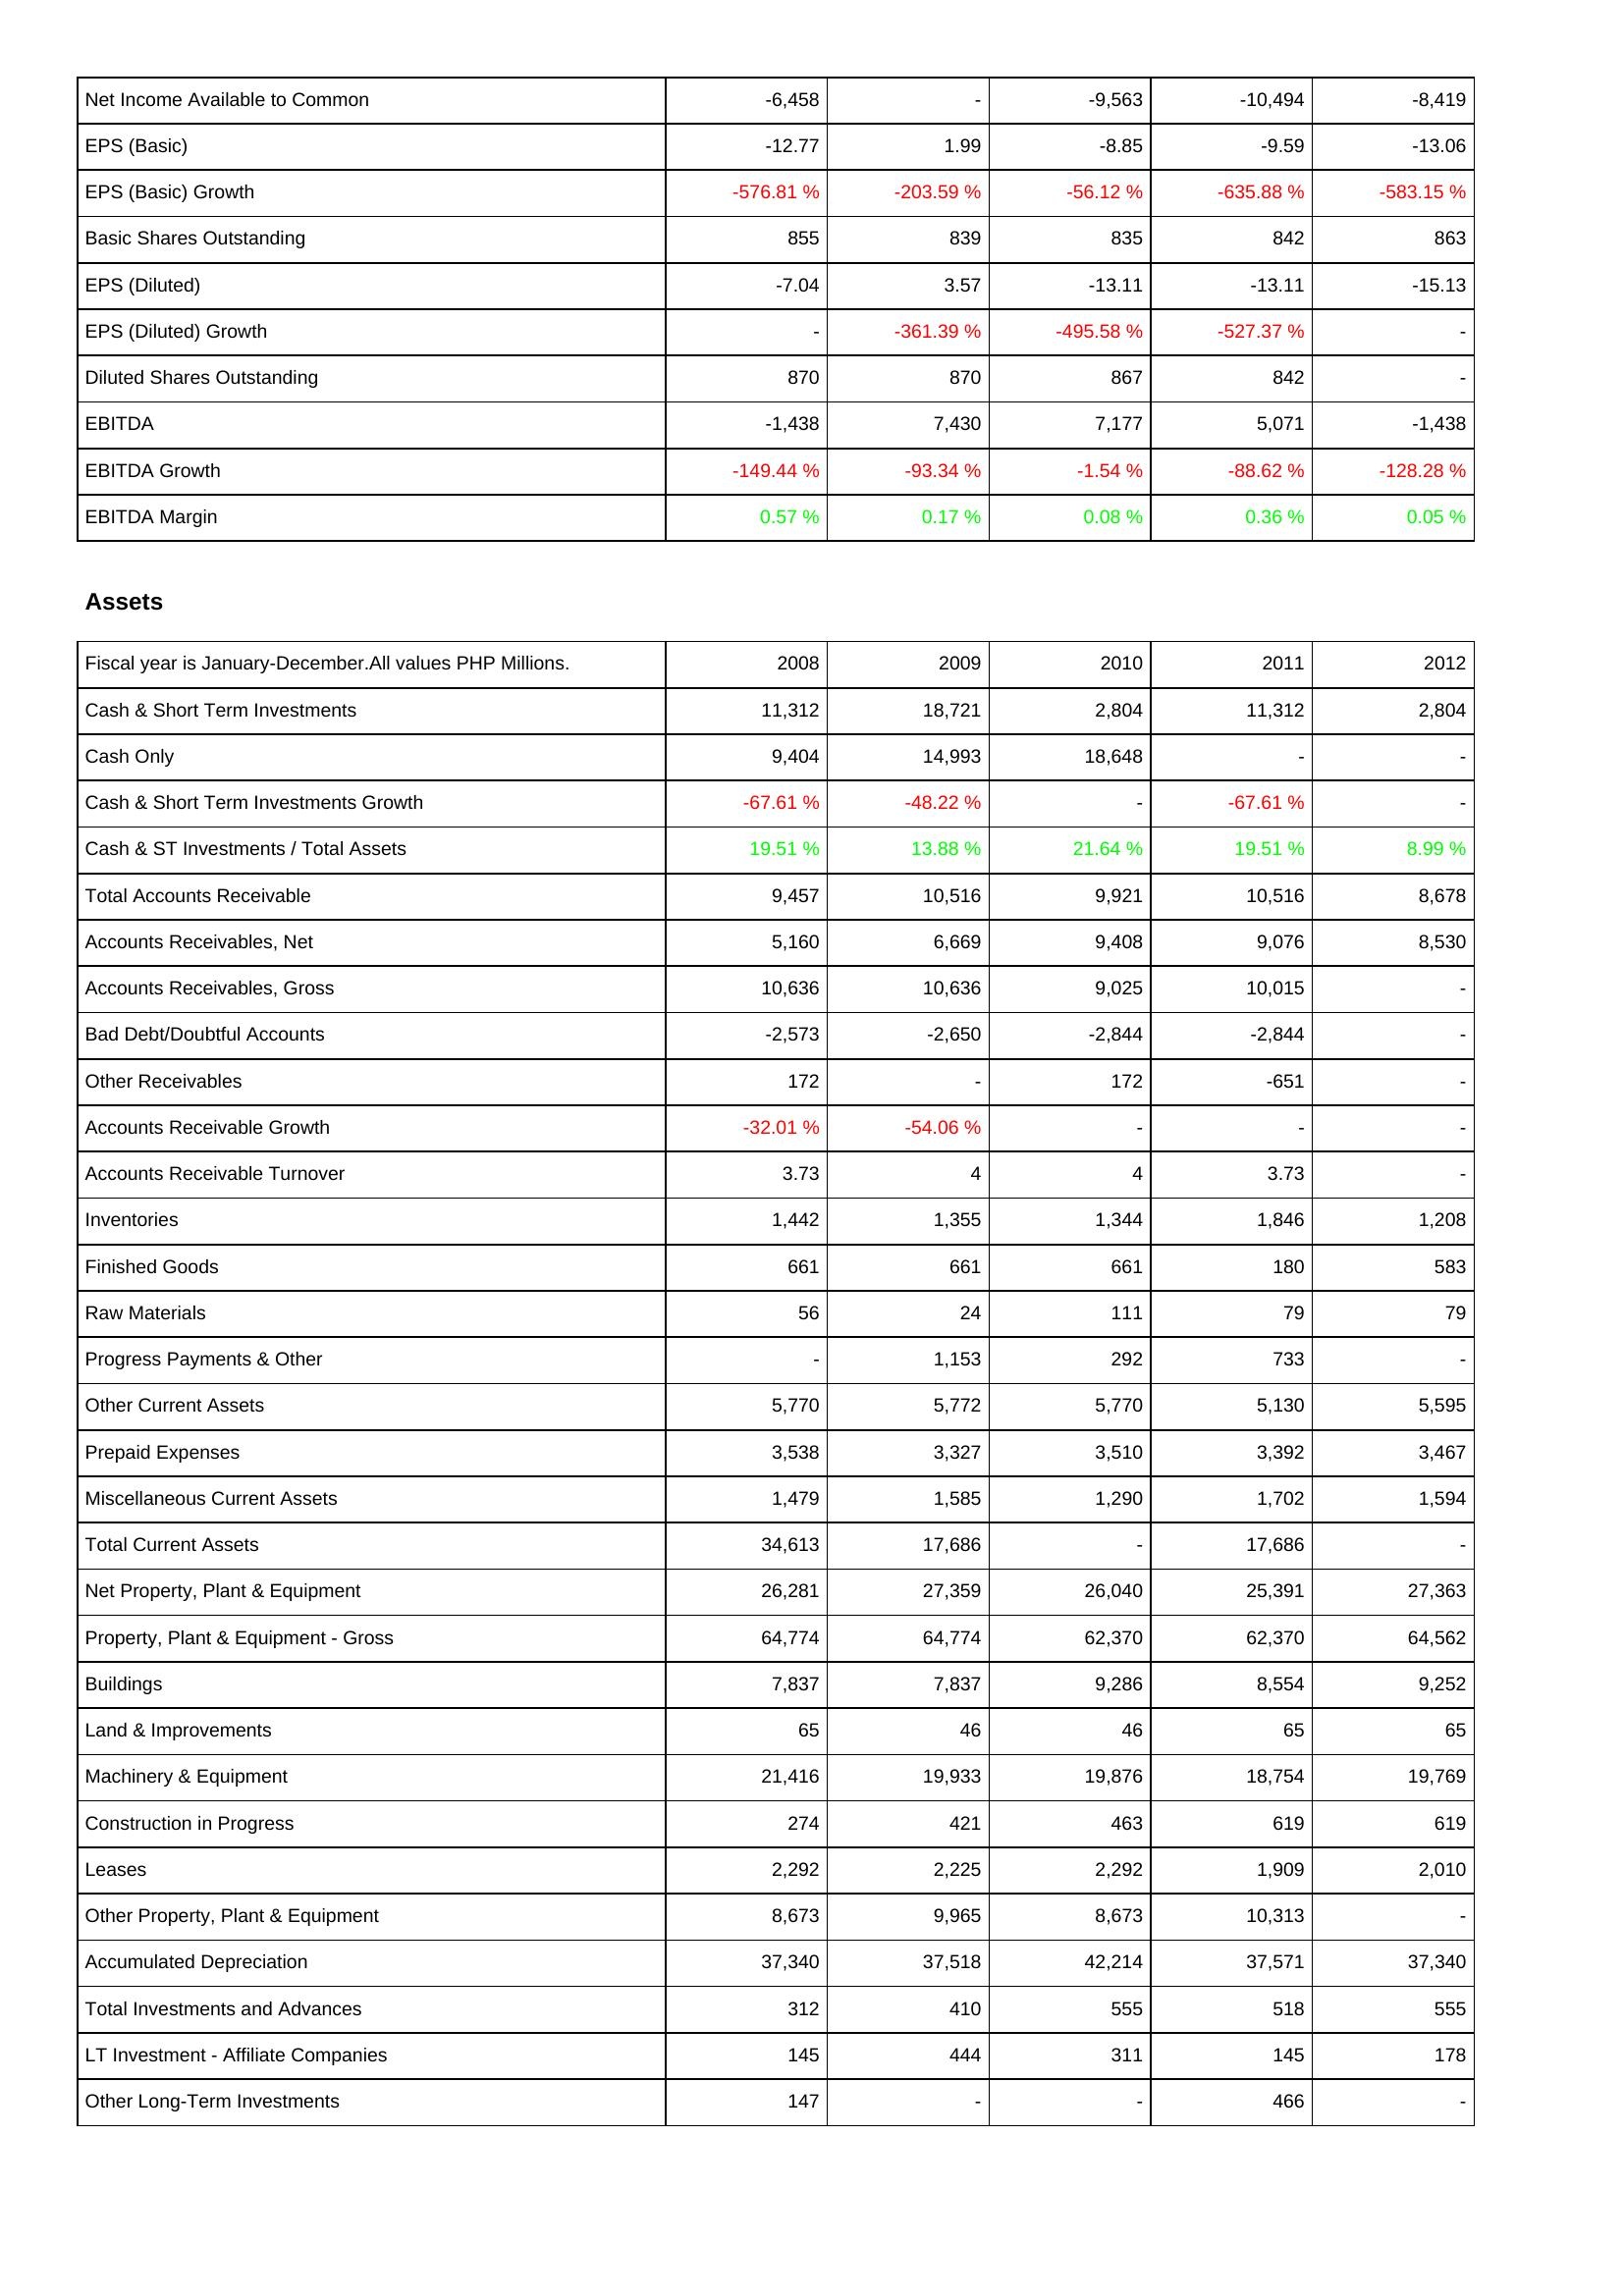
2008: Income Statement: Net Income Available to Common: -6,458
EPS (Basic): -12.77
EPS (Basic) Growth: -576.81 %
Basic Shares Outstanding: 855
EPS (Diluted): -7.04
EPS (Diluted) Growth: -
Diluted Shares Outstanding: 870
EBITDA: -1,438
EBITDA Growth: -149.44 %
EBITDA Margin: 0.57 %
Assets: Cash & Short Term Investments: 11,312
Cash Only: 9,404
Cash & Short Term Investments Growth: -67.61 %
Cash & ST Investments / Total Assets: 19.51 %
Total Accounts Receivable: 9,457
Accounts Receivables, Net: 5,160
Accounts Receivables, Gross: 10,636
Bad Debt/Doubtful Accounts: -2,573
Other Receivables: 172
Accounts Receivable Growth: -32.01 %
Accounts Receivable Turnover: 3.73
Inventories: 1,442
Finished Goods: 661
Raw Materials: 56
Progress Payments & Other: -
Other Current Assets: 5,770
Prepaid Expenses: 3,538
Miscellaneous Current Assets: 1,479
Total Current Assets: 34,613
Net Property, Plant & Equipment: 26,281
Property, Plant & Equipment - Gross: 64,774
Buildings: 7,837
Land & Improvements: 65
Machinery & Equipment: 21,416
Construction in Progress: 274
Leases: 2,292
Other Property, Plant & Equipment: 8,673
Accumulated Depreciation: 37,340
Total Investments and Advances: 312
LT Investment - Affiliate Companies: 145
Other Long-Term Investments: 147
2009: Income Statement: Net Income Available to Common: -
EPS (Basic): 1.99
EPS (Basic) Growth: -203.59 %
Basic Shares Outstanding: 839
EPS (Diluted): 3.57
EPS (Diluted) Growth: -361.39 %
Diluted Shares Outstanding: 870
EBITDA: 7,430
EBITDA Growth: -93.34 %
EBITDA Margin: 0.17 %
Assets: Cash & Short Term Investments: 18,721
Cash Only: 14,993
Cash & Short Term Investments Growth: -48.22 %
Cash & ST Investments / Total Assets: 13.88 %
Total Accounts Receivable: 10,516
Accounts Receivables, Net: 6,669
Accounts Receivables, Gross: 10,636
Bad Debt/Doubtful Accounts: -2,650
Other Receivables: -
Accounts Receivable Growth: -54.06 %
Accounts Receivable Turnover: 4
Inventories: 1,355
Finished Goods: 661
Raw Materials: 24
Progress Payments & Other: 1,153
Other Current Assets: 5,772
Prepaid Expenses: 3,327
Miscellaneous Current Assets: 1,585
Total Current Assets: 17,686
Net Property, Plant & Equipment: 27,359
Property, Plant & Equipment - Gross: 64,774
Buildings: 7,837
Land & Improvements: 46
Machinery & Equipment: 19,933
Construction in Progress: 421
Leases: 2,225
Other Property, Plant & Equipment: 9,965
Accumulated Depreciation: 37,518
Total Investments and Advances: 410
LT Investment - Affiliate Companies: 444
Other Long-Term Investments: -
2010: Income Statement: Net Income Available to Common: -9,563
EPS (Basic): -8.85
EPS (Basic) Growth: -56.12 %
Basic Shares Outstanding: 835
EPS (Diluted): -13.11
EPS (Diluted) Growth: -495.58 %
Diluted Shares Outstanding: 867
EBITDA: 7,177
EBITDA Growth: -1.54 %
EBITDA Margin: 0.08 %
Assets: Cash & Short Term Investments: 2,804
Cash Only: 18,648
Cash & Short Term Investments Growth: -
Cash & ST Investments / Total Assets: 21.64 %
Total Accounts Receivable: 9,921
Accounts Receivables, Net: 9,408
Accounts Receivables, Gross: 9,025
Bad Debt/Doubtful Accounts: -2,844
Other Receivables: 172
Accounts Receivable Growth: -
Accounts Receivable Turnover: 4
Inventories: 1,344
Finished Goods: 661
Raw Materials: 111
Progress Payments & Other: 292
Other Current Assets: 5,770
Prepaid Expenses: 3,510
Miscellaneous Current Assets: 1,290
Total Current Assets: -
Net Property, Plant & Equipment: 26,040
Property, Plant & Equipment - Gross: 62,370
Buildings: 9,286
Land & Improvements: 46
Machinery & Equipment: 19,876
Construction in Progress: 463
Leases: 2,292
Other Property, Plant & Equipment: 8,673
Accumulated Depreciation: 42,214
Total Investments and Advances: 555
LT Investment - Affiliate Companies: 311
Other Long-Term Investments: -
2011: Income Statement: Net Income Available to Common: -10,494
EPS (Basic): -9.59
EPS (Basic) Growth: -635.88 %
Basic Shares Outstanding: 842
EPS (Diluted): -13.11
EPS (Diluted) Growth: -527.37 %
Diluted Shares Outstanding: 842
EBITDA: 5,071
EBITDA Growth: -88.62 %
EBITDA Margin: 0.36 %
Assets: Cash & Short Term Investments: 11,312
Cash Only: -
Cash & Short Term Investments Growth: -67.61 %
Cash & ST Investments / Total Assets: 19.51 %
Total Accounts Receivable: 10,516
Accounts Receivables, Net: 9,076
Accounts Receivables, Gross: 10,015
Bad Debt/Doubtful Accounts: -2,844
Other Receivables: -651
Accounts Receivable Growth: -
Accounts Receivable Turnover: 3.73
Inventories: 1,846
Finished Goods: 180
Raw Materials: 79
Progress Payments & Other: 733
Other Current Assets: 5,130
Prepaid Expenses: 3,392
Miscellaneous Current Assets: 1,702
Total Current Assets: 17,686
Net Property, Plant & Equipment: 25,391
Property, Plant & Equipment - Gross: 62,370
Buildings: 8,554
Land & Improvements: 65
Machinery & Equipment: 18,754
Construction in Progress: 619
Leases: 1,909
Other Property, Plant & Equipment: 10,313
Accumulated Depreciation: 37,571
Total Investments and Advances: 518
LT Investment - Affiliate Companies: 145
Other Long-Term Investments: 466
2012: Income Statement: Net Income Available to Common: -8,419
EPS (Basic): -13.06
EPS (Basic) Growth: -583.15 %
Basic Shares Outstanding: 863
EPS (Diluted): -15.13
EPS (Diluted) Growth: -
Diluted Shares Outstanding: -
EBITDA: -1,438
EBITDA Growth: -128.28 %
EBITDA Margin: 0.05 %
Assets: Cash & Short Term Investments: 2,804
Cash Only: -
Cash & Short Term Investments Growth: -
Cash & ST Investments / Total Assets: 8.99 %
Total Accounts Receivable: 8,678
Accounts Receivables, Net: 8,530
Accounts Receivables, Gross: -
Bad Debt/Doubtful Accounts: -
Other Receivables: -
Accounts Receivable Growth: -
Accounts Receivable Turnover: -
Inventories: 1,208
Finished Goods: 583
Raw Materials: 79
Progress Payments & Other: -
Other Current Assets: 5,595
Prepaid Expenses: 3,467
Miscellaneous Current Assets: 1,594
Total Current Assets: -
Net Property, Plant & Equipment: 27,363
Property, Plant & Equipment - Gross: 64,562
Buildings: 9,252
Land & Improvements: 65
Machinery & Equipment: 19,769
Construction in Progress: 619
Leases: 2,010
Other Property, Plant & Equipment: -
Accumulated Depreciation: 37,340
Total Investments and Advances: 555
LT Investment - Affiliate Companies: 178
Other Long-Term Investments: -